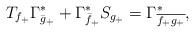
LaTeX: \begin{align*}T_{f_{+}}{\Gamma^{*}_{\bar{g}_{+}}}+{\Gamma^{*}_{\bar{f}_{+}}}{S_{g_{+}}}&={\Gamma^{*}_{\overline{f_{+}g_{+}}}},\\\end{align*}